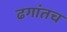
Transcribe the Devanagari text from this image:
ढगांतच